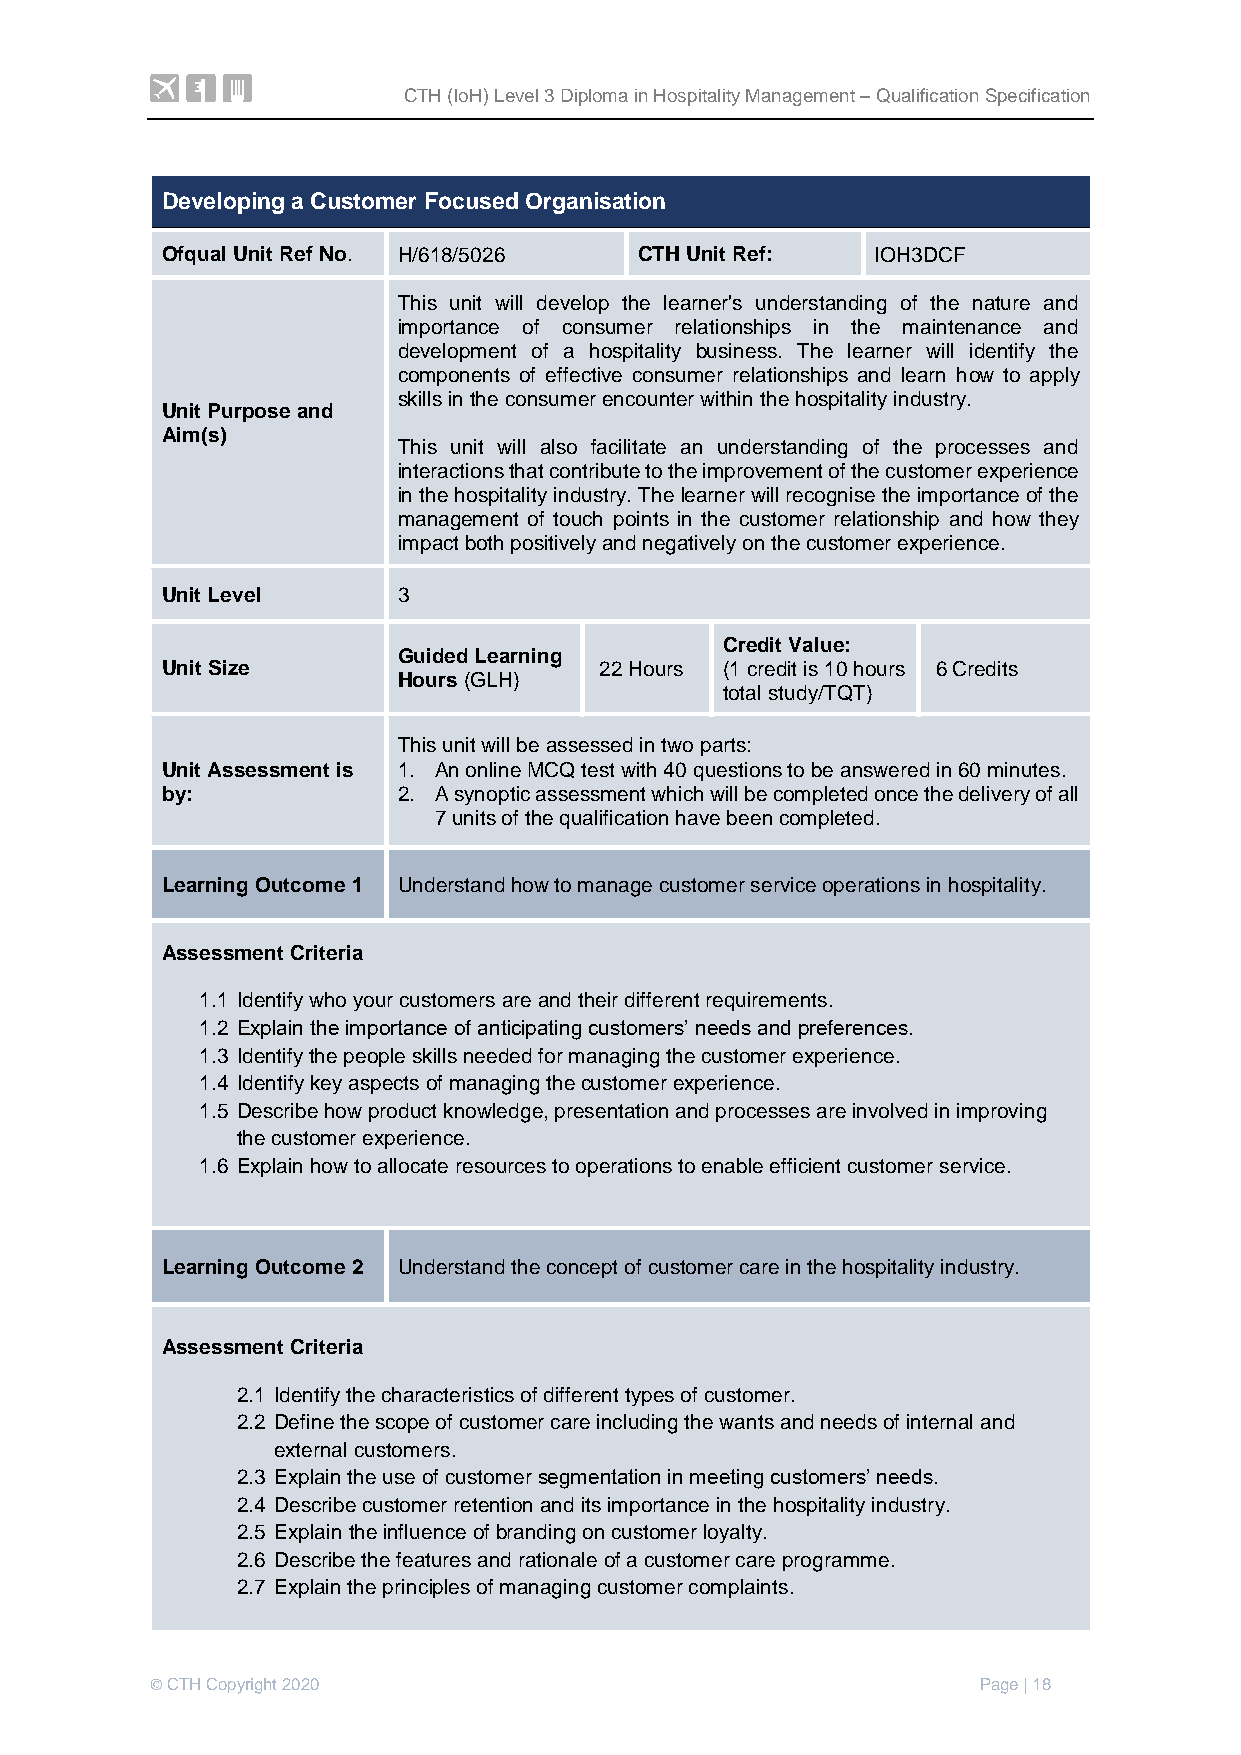
CTH (IoH) Level 3 Diploma in Hospitality Management – Qualification Specification
 Customer Experience in Hospitality
 Developing a Customer Focused Organisation
 Ofqual Unit Ref No. H/618/5026 CTH Unit Ref:   IOH3DCF
 This unit will develop the learner's understanding of the nature and
 importance of consumer relationships in the maintenance and
 development of a hospitality business. The learner will identify the
 components of effective consumer relationships and learn how to apply
 skills in the consumer encounter within the hospitality industry.
 Unit Purpose and
 Aim(s)
 This unit will also facilitate an understanding of the processes and
 interactions that contribute to the improvement of the customer experience
 in the hospitality industry. The learner will recognise the importance of the
 management of touch points in the customer relationship and how they
 impact both positively and negatively on the customer experience.
 Unit Level     3
 Credit Value:
 Guided Learning
 Unit Size                    22 Hours (1 credit is 10 hours 6 Credits
 Hours (GLH)
 total study/TQT)
 This unit will be assessed in two parts:
 Unit Assessment is 1. An online MCQ test with 40 questions to be answered in 60 minutes.
 by:            2. A synoptic assessment which will be completed once the delivery of all
 7 units of the qualification have been completed.
 Learning Outcome 1 Understand how to manage customer service operations in hospitality.
 Assessment Criteria
 1.1 Identify who your customers are and their different requirements.
 1.2 Explain the importance of anticipating customers’ needs and preferences.
 1.3 Identify the people skills needed for managing the customer experience.
 1.4 Identify key aspects of managing the customer experience.
 1.5 Describe how product knowledge, presentation and processes are involved in improving
 the customer experience.
 1.6 Explain how to allocate resources to operations to enable efficient customer service.
 Learning Outcome 2 Understand the concept of customer care in the hospitality industry.
 Assessment Criteria
 2.1 Identify the characteristics of different types of customer.
 2.2 Define the scope of customer care including the wants and needs of internal and
 external customers.
 2.3 Explain the use of customer segmentation in meeting customers’ needs.
 2.4 Describe customer retention and its importance in the hospitality industry.
 2.5 Explain the influence of branding on customer loyalty.
 2.6 Describe the features and rationale of a customer care programme.
 2.7 Explain the principles of managing customer complaints.
 © CTH Copyright 2020                                   Page | 18